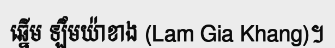
ឆ្នើម ឡឹមយ៉ាខាង (Lam Gia Khang)។